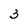
Character: 3